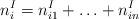
LaTeX: \begin{align*}n^{I}_{i} = n^{I}_{i1} + \ldots + n^{I}_{in}\end{align*}